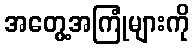
အတွေ့အကြုံများကို